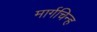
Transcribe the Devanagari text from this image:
मार्गचिन्ह